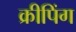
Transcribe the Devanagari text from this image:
क्रीपिंग